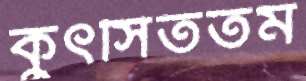
কুৎসিততম